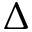
\Delta